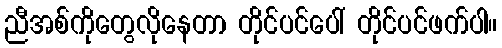
ညီအစ်ကိုတွေလိုနေတာ တိုင်ပင်ပေါ် တိုင်ပင်ဖက်ပါ။